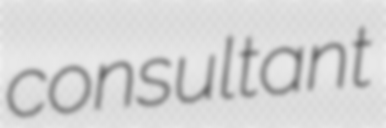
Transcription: consultant